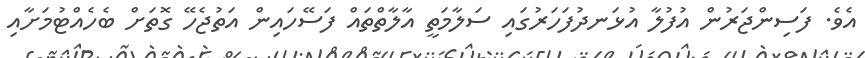
އެވެ. ފަސިންޖަރުން އުފުލާ އުޅަނދުފަހަރުގައި ސަލާމަތީ އާލާތްތައް ފަސޭހައިން އަތުޖެހޭ ގޮތަށް ބެހެއްޓުމަށާއި